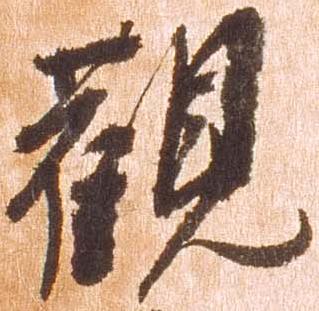
観